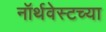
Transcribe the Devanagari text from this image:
नॉर्थवेस्टच्या